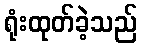
ရုံးထုတ်ခဲ့သည်